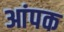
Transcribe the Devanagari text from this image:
आंपक